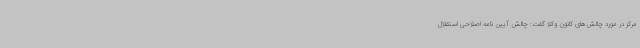
مرکز در مورد چالش‌های کانون وکلا گفت: چالش آیین نامه اصلاحی استقلال